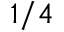
1 / 4